Indian journal of veterinary science and animal husbandry - Volumes 15-17, 1948-1951
Year: 1948
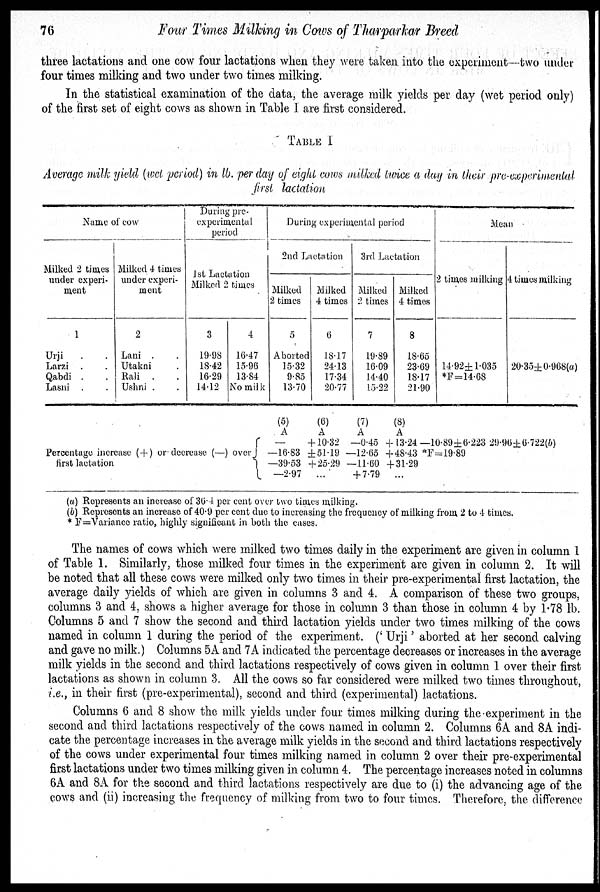
76
Four Times Milking in Cows of Tharparkar Breed
three lactations and one cow four lactations when they were taken into the experiment—two under
four times milking and two under two times milking.
In the statistical examination of the data, the average milk yields per day (wet period only)
of the first set of eight cows as shown in Table I are first considered.
TABLE I
Average milk yield (wet period) in lb. per day of eight cows milked twice a day in their pre-experimenta
first lactation
Name of cow
Milked 2 times
under experi-
ment
1
Urji . .
Larzi . .
Qabdi .
Lasni .
Milked 4 times
under experi-
ment
2
Lani .
Utakni
Rali .
Ushni .
During pre-
experimental
period
1st Lactation
Milked 2 times
3
19.98
18.42
16.29
14.12
4.
16.47
15.96
13.84
No milk
During experimental period
2nd Lactation
Milked
2 times
5
Aborted
15.32
9.85
13.70
Milked
4 times
6
18.17
24.13
17.34
20.77
3rd Lactation
Milked
2 times
7
19.89
16.09
14.40
15.22
Milked
4 times
8
18.65
23.69
18.17
21.90
Mean
2 times milking
14.92±1.035
*F=14.68
4 times milking
20.35±0.908(a)
Percentage increase (+) or decrease (—) over{
first lactation
(5)
A
—
—16.83
—39.53
—2.97
(6)
A
+ 10.32
±51.19
+ 25.29
...
(7)
A
—0.45
—12.65
— 11.60
+7.79
(8)
A
+ 13.24
+ 48.43
+ 31.29
...
—10.89±6.223 29.90±6.722(b)
*F=19.89
(a) Represents an increase of 30.4 per cent over two times milking.
(b) Represents an increase of 40.9 per cent due to increasing the frequency of milking from 2 to 4 times.
* F=Variance ratio, highly significant in both the cases.
The names of cows which were milked two times daily in the experiment are given in column 1
of Table 1. Similarly, those milked four times in the experiment are given in column 2. It will
be noted that all these cows were milked only two times in their pre-experimental first lactation, the
average daily yields of which are given in columns 3 and 4. A comparison of these two groups,
columns 3 and 4, shows a higher average for those in column 3 than those in column 4 by 1.78 lb.
Columns 5 and 7 show the second and third lactation yields under two times milking of the cows
named in column 1 during the period of the experiment. ('Urji' aborted at her second calving
and gave no milk.) Columns 5A and 7A indicated the percentage decreases or increases in the average
milk yields in the second and third lactations respectively of cows given in column 1 over their first
lactations as shown in column 3. All the cows so far considered were milked two times throughout,
i.e., in their first (pre-experimental), second and third (experimental) lactations.
Columns 6 and 8 show the milk yields under four times milking during the experiment in the
second and third lactations respectively of the cows named in column 2. Columns 6A and 8A indi-
of the cows under experimental four times milking named in column 2 over their pre-experimental
first lactations under two times milking given in column 4. The percentage increases noted in columns
6A and 8A for the second and third lactations respectively are due to (i) the advancing age of the
cows and (ii) increasing the frequency of milking from two to four times. Therefore, the difference